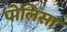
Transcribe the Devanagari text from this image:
पोलिसा